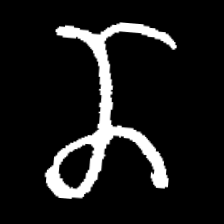
Pyu character \u2014 Myanmar letter: ဏ (romanized: nna)